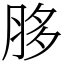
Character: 䏧